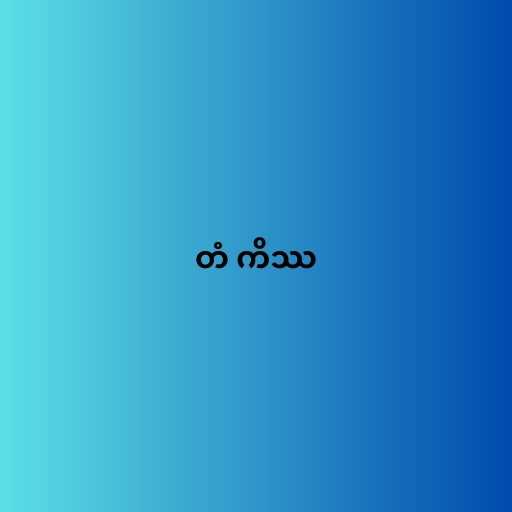
တံ ကိဿ